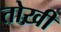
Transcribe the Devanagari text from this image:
तोख़ी